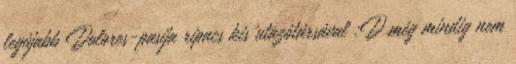
legújabb Dolores-pasija ripacs kis utazótársával :D még mindig nem